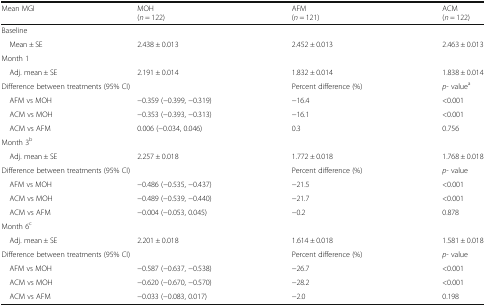
| Mean MGI | MOH(n = 122) | AFM (n = 121) | ACM (n = 122) |
 | --- | --- | --- | --- |
 | <COLSPAN=4> Baseline |
 | Mean ± SE | 2.438 ± 0.013 | 2.452 ± 0.013 | 2.463 ± 0.013 |
 | <COLSPAN=4> Month 1 |
 | Adj. mean ± SE | 2.191 ± 0.014 | 1.832 ± 0.014 | 1.838 ± 0.014 |
 | <COLSPAN=2> Difference between treatments (95% CI) | Percent difference (%) | p- valuea |
 | AFM vs MOH | −0.359 (−0.399, −0.319) | −16.4 | <0.001 |
 | ACM vs MOH | −0.353 (−0.393, −0.313) | −16.1 | <0.001 |
 | ACM vs AFM | 0.006 (−0.034, 0.046) | 0.3 | 0.756 |
 | <COLSPAN=4> Month 3b |
 | Adj. mean ± SE | 2.257 ± 0.018 | 1.772 ± 0.018 | 1.768 ± 0.018 |
 | <COLSPAN=2> Difference between treatments (95% CI) | Percent difference (%) | p- value |
 | AFM vs MOH | −0.486 (−0.535, −0.437) | −21.5 | <0.001 |
 | ACM vs MOH | −0.489 (−0.539, −0.440) | −21.7 | <0.001 |
 | ACM vs AFM | −0.004 (−0.053, 0.045) | −0.2 | 0.878 |
 | <COLSPAN=4> Month 6c |
 | Adj. mean ± SE | 2.201 ± 0.018 | 1.614 ± 0.018 | 1.581 ± 0.018 |
 | <COLSPAN=2> Difference between treatments (95% CI) | Percent difference (%) | p- value |
 | AFM vs MOH | −0.587 (−0.637, −0.538) | −26.7 | <0.001 |
 | ACM vs MOH | −0.620 (−0.670, −0.570) | −28.2 | <0.001 |
 | ACM vs AFM | −0.033 (−0.083, 0.017) | −2.0 | 0.198 |